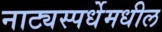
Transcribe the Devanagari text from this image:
नाट्यस्पर्धेमधील